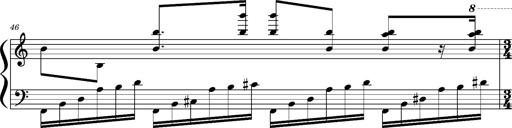
Title: Concerto sans orchestre, S.524a
Composer: Franz Liszt
Key: A major